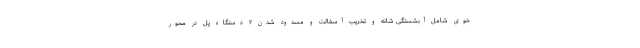
خوی شامل آبشستگی شانه و تخریب آسفالت و مسدود شدن ۲ دستگاه پل در محور